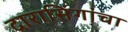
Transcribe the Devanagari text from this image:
दारासिंगांचा